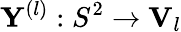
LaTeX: \mathbf{Y}^{(l)}:S^{2}\rightarrow\mathbf{V}_{l}